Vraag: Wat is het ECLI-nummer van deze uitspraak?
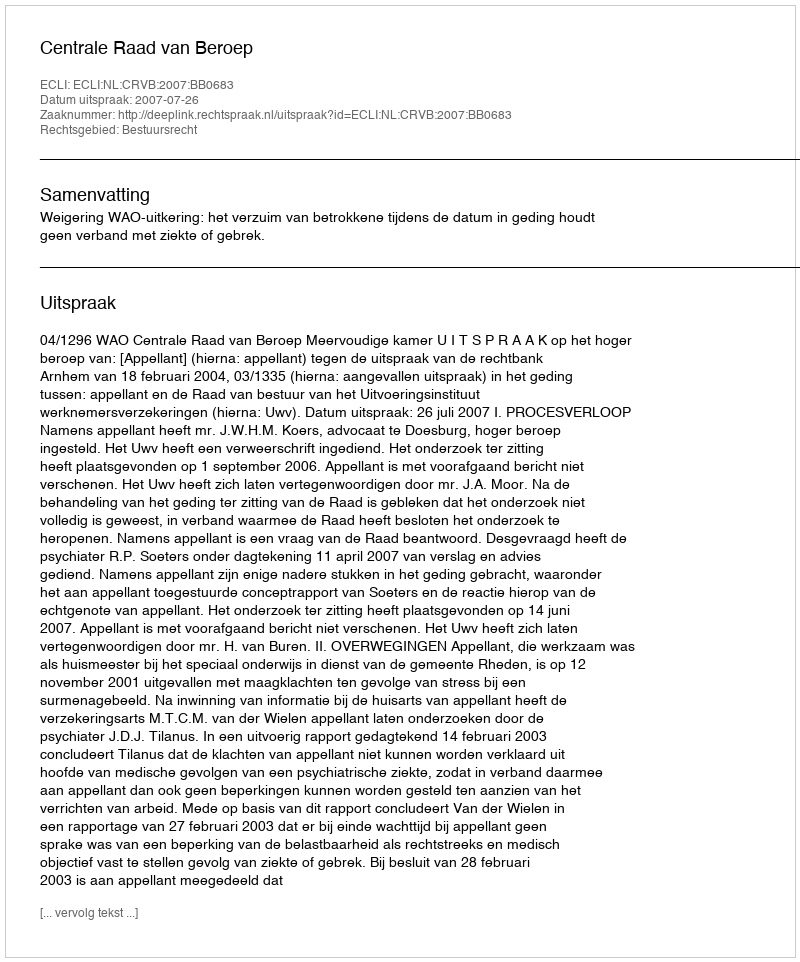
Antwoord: ECLI:NL:CRVB:2007:BB0683